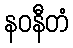
နဝနီတံ